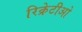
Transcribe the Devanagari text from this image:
रिक्रेटीओ